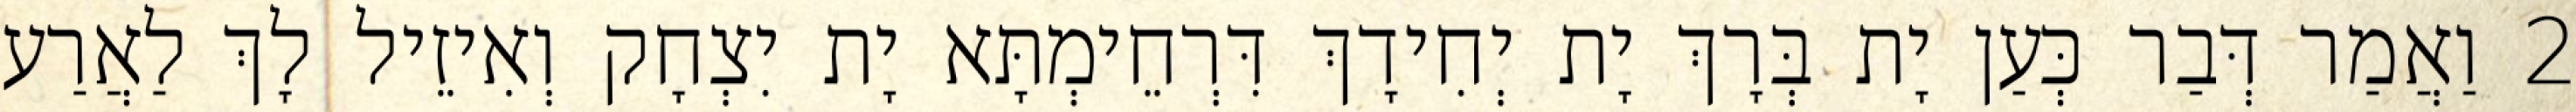
2 וַאֲמַר דְּבַר כְּעַן יָת בְּרָךְ יָת יְחִידָךְ דִּרְחֵימְתָּא יָת יִצְחָק וְאִיזֵיל לָךְ לַאֲרַע